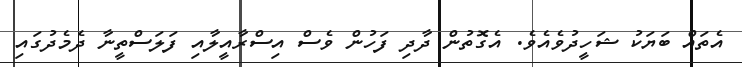
އެތައް ބަޔަކު ޝަހީދުވެއެވެ. އެގޮތުން ދާދި ފަހުން ވެސް އިސްރާއީލާއި ފަލަސްތީނާ ދެމެދުގައި